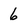
Character: 6